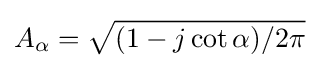
A_{\alpha }={\sqrt {{(1-j\cot \alpha )}/{2\pi }}}